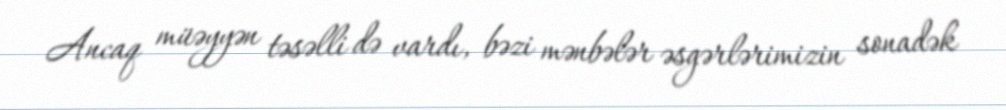
Ancaq müəyyən təsəlli də vardı, bəzi mənbələr əsgərlərimizin sonadək